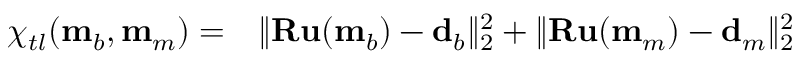
\begin{array} { r l } { \chi _ { t l } ( \mathbf { m } _ { b } , \mathbf { m } _ { m } ) = } & { { } \| \mathbf { R u } ( \mathbf { m } _ { b } ) - \mathbf { d } _ { b } \| _ { 2 } ^ { 2 } + \| \mathbf { R u } ( \mathbf { m } _ { m } ) - \mathbf { d } _ { m } \| _ { 2 } ^ { 2 } } \end{array}